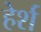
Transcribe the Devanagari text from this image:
हेर्श